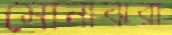
সোনাঝরা